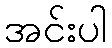
အင်းပါ